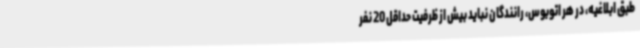
طبق ابلاغیه، در هر اتوبوس، رانندگان نباید بیش از ظرفیت حداقل 20‌ نفر